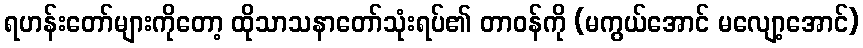
ရဟန်းတော်များကိုတော့ ထိုသာသနာတော်သုံးရပ်၏ တာဝန်ကို (မကွယ်အောင် မလျော့အောင်)